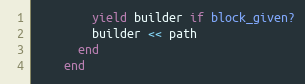
Language: Ruby
        yield builder if block_given?
        builder << path
      end
    end